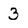
Character: 3